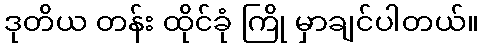
ဒုတိယ တန်း ထိုင်ခုံ ကြို မှာချင်ပါတယ်။